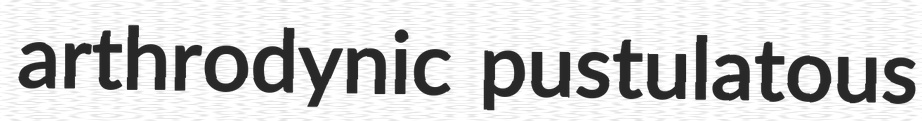
arthrodynic pustulatous